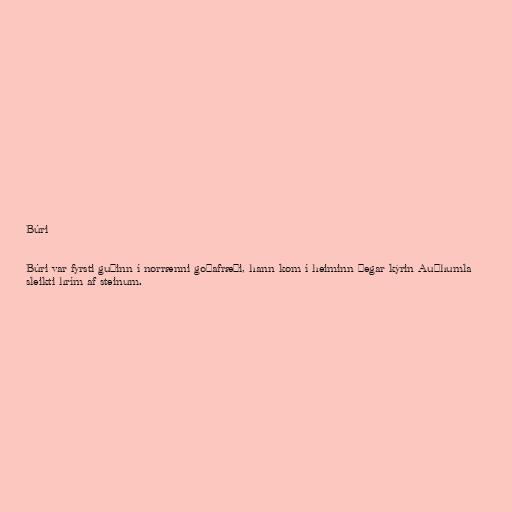
Búri

Búri var fyrsti guðinn í norrænni goðafræði, hann kom í heiminn þegar kýrin Auðhumla
sleikti hrím af steinum.